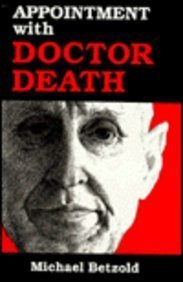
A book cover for Appointment With Doctor Death; Michael Betzold; Medical Books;